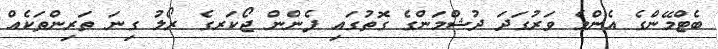
ބެޓްމޭންގެ އެންމެ ވަރުގަދަ ދުޝްމަންގެ ގޮތުގައި ފެންން ޖޯކަރގެ ރޯލު ގިނަ ތަރިންތަކެއް